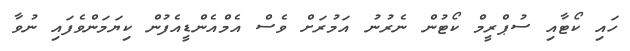
ހައި ކޯޓާއި ސުޕްރީމް ކޯޓުން ނެރުނު އަމުރަށް ވެސް އެމްއެންޑީއެފުން ކިޔަމަންވެފައި ނުވާ